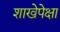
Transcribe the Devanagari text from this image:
शाखेपेक्षा